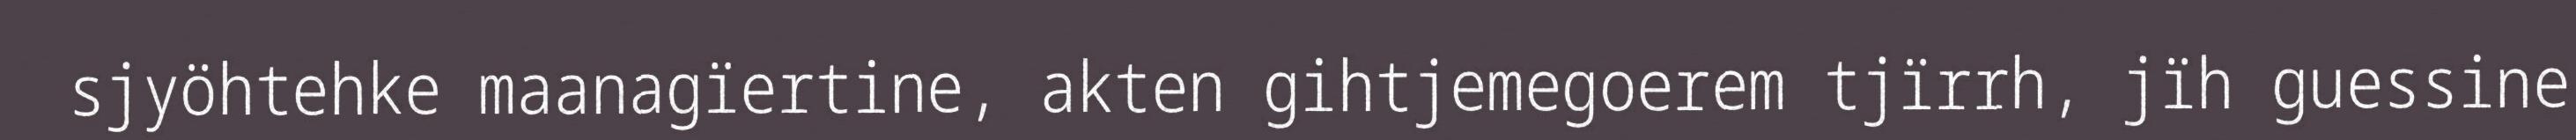
sjyöhtehke maanagïertine, akten gihtjemegoerem tjïrrh, jïh guessine